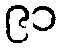
၉၁